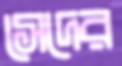
সেদের